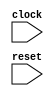
module GCDTester(
    input clock,
    input reset
);
    wire _dut__clock;
    wire _dut__reset;
    wire _dut__io_in_ready;
    wire _dut__io_in_valid;
    wire [31:0] _dut__io_in_bits_a;
    wire [31:0] _dut__io_in_bits_b;
    wire _dut__io_out_ready;
    wire _dut__io_out_valid;
    wire [31:0] _dut__io_out_bits;
    DecoupledGCD dut (
        .clock(_dut__clock),
        .reset(_dut__reset),
        .io_in_ready(_dut__io_in_ready),
        .io_in_valid(_dut__io_in_valid),
        .io_in_bits_a(_dut__io_in_bits_a),
        .io_in_bits_b(_dut__io_in_bits_b),
        .io_out_ready(_dut__io_out_ready),
        .io_out_valid(_dut__io_out_valid),
        .io_out_bits(_dut__io_out_bits)
    );
    wire [3:0] _count__q;
    wire [3:0] _count__d;
    DFF_POSCLK #(.width(4)) count (
        .q(_count__q),
        .d(_count__d),
        .clk(clock)
    );
    wire [3:0] _WTEMP_3;
    MUX_UNSIGNED #(.width(4)) u_mux_23 (
        .y(_count__d),
        .sel(reset),
        .a(4'h9),
        .b(_WTEMP_3)
    );
    wire [6:0] a_0;
    wire [6:0] a_1;
    wire [6:0] a_2;
    wire [6:0] a_3;
    wire [6:0] a_4;
    wire [6:0] a_5;
    wire [6:0] a_6;
    wire [6:0] a_7;
    wire [6:0] a_8;
    wire [6:0] a_9;
    wire [6:0] b_0;
    wire [6:0] b_1;
    wire [6:0] b_2;
    wire [6:0] b_3;
    wire [6:0] b_4;
    wire [6:0] b_5;
    wire [6:0] b_6;
    wire [6:0] b_7;
    wire [6:0] b_8;
    wire [6:0] b_9;
    wire [2:0] z_0;
    wire [2:0] z_1;
    wire [2:0] z_2;
    wire [2:0] z_3;
    wire [2:0] z_4;
    wire [2:0] z_5;
    wire [2:0] z_6;
    wire [2:0] z_7;
    wire [2:0] z_8;
    wire [2:0] z_9;
    wire _en__q;
    wire _en__d;
    DFF_POSCLK #(.width(1)) en (
        .q(_en__q),
        .d(_en__d),
        .clk(clock)
    );
    wire _WTEMP_4;
    MUX_UNSIGNED #(.width(1)) u_mux_24 (
        .y(_en__d),
        .sel(reset),
        .a(1'h1),
        .b(_WTEMP_4)
    );
    wire _node_4;
    EQ_UNSIGNED #(.width(4)) u_eq_25 (
        .y(_node_4),
        .a(4'd0),
        .b(_count__q)
    );
    wire [6:0] _node_5;
    assign _node_5 = a_0;
    wire _node_6;
    EQ_UNSIGNED #(.width(4)) u_eq_26 (
        .y(_node_6),
        .a(4'd1),
        .b(_count__q)
    );
    wire [6:0] _node_7;
    MUX_UNSIGNED #(.width(7)) u_mux_27 (
        .y(_node_7),
        .sel(_node_6),
        .a(a_1),
        .b(_node_5)
    );
    wire _node_8;
    EQ_UNSIGNED #(.width(4)) u_eq_28 (
        .y(_node_8),
        .a(4'd2),
        .b(_count__q)
    );
    wire [6:0] _node_9;
    MUX_UNSIGNED #(.width(7)) u_mux_29 (
        .y(_node_9),
        .sel(_node_8),
        .a(a_2),
        .b(_node_7)
    );
    wire _node_10;
    EQ_UNSIGNED #(.width(4)) u_eq_30 (
        .y(_node_10),
        .a(4'd3),
        .b(_count__q)
    );
    wire [6:0] _node_11;
    MUX_UNSIGNED #(.width(7)) u_mux_31 (
        .y(_node_11),
        .sel(_node_10),
        .a(a_3),
        .b(_node_9)
    );
    wire _node_12;
    EQ_UNSIGNED #(.width(4)) u_eq_32 (
        .y(_node_12),
        .a(4'd4),
        .b(_count__q)
    );
    wire [6:0] _node_13;
    MUX_UNSIGNED #(.width(7)) u_mux_33 (
        .y(_node_13),
        .sel(_node_12),
        .a(a_4),
        .b(_node_11)
    );
    wire _node_14;
    EQ_UNSIGNED #(.width(4)) u_eq_34 (
        .y(_node_14),
        .a(4'd5),
        .b(_count__q)
    );
    wire [6:0] _node_15;
    MUX_UNSIGNED #(.width(7)) u_mux_35 (
        .y(_node_15),
        .sel(_node_14),
        .a(a_5),
        .b(_node_13)
    );
    wire _node_16;
    EQ_UNSIGNED #(.width(4)) u_eq_36 (
        .y(_node_16),
        .a(4'd6),
        .b(_count__q)
    );
    wire [6:0] _node_17;
    MUX_UNSIGNED #(.width(7)) u_mux_37 (
        .y(_node_17),
        .sel(_node_16),
        .a(a_6),
        .b(_node_15)
    );
    wire _node_18;
    EQ_UNSIGNED #(.width(4)) u_eq_38 (
        .y(_node_18),
        .a(4'd7),
        .b(_count__q)
    );
    wire [6:0] _node_19;
    MUX_UNSIGNED #(.width(7)) u_mux_39 (
        .y(_node_19),
        .sel(_node_18),
        .a(a_7),
        .b(_node_17)
    );
    wire _node_20;
    EQ_UNSIGNED #(.width(4)) u_eq_40 (
        .y(_node_20),
        .a(4'd8),
        .b(_count__q)
    );
    wire [6:0] _node_21;
    MUX_UNSIGNED #(.width(7)) u_mux_41 (
        .y(_node_21),
        .sel(_node_20),
        .a(a_8),
        .b(_node_19)
    );
    wire _node_22;
    EQ_UNSIGNED #(.width(4)) u_eq_42 (
        .y(_node_22),
        .a(4'd9),
        .b(_count__q)
    );
    wire [6:0] _node_23;
    MUX_UNSIGNED #(.width(7)) u_mux_43 (
        .y(_node_23),
        .sel(_node_22),
        .a(a_9),
        .b(_node_21)
    );
    wire _node_24;
    EQ_UNSIGNED #(.width(4)) u_eq_44 (
        .y(_node_24),
        .a(4'd0),
        .b(_count__q)
    );
    wire [6:0] _node_25;
    assign _node_25 = b_0;
    wire _node_26;
    EQ_UNSIGNED #(.width(4)) u_eq_45 (
        .y(_node_26),
        .a(4'd1),
        .b(_count__q)
    );
    wire [6:0] _node_27;
    MUX_UNSIGNED #(.width(7)) u_mux_46 (
        .y(_node_27),
        .sel(_node_26),
        .a(b_1),
        .b(_node_25)
    );
    wire _node_28;
    EQ_UNSIGNED #(.width(4)) u_eq_47 (
        .y(_node_28),
        .a(4'd2),
        .b(_count__q)
    );
    wire [6:0] _node_29;
    MUX_UNSIGNED #(.width(7)) u_mux_48 (
        .y(_node_29),
        .sel(_node_28),
        .a(b_2),
        .b(_node_27)
    );
    wire _node_30;
    EQ_UNSIGNED #(.width(4)) u_eq_49 (
        .y(_node_30),
        .a(4'd3),
        .b(_count__q)
    );
    wire [6:0] _node_31;
    MUX_UNSIGNED #(.width(7)) u_mux_50 (
        .y(_node_31),
        .sel(_node_30),
        .a(b_3),
        .b(_node_29)
    );
    wire _node_32;
    EQ_UNSIGNED #(.width(4)) u_eq_51 (
        .y(_node_32),
        .a(4'd4),
        .b(_count__q)
    );
    wire [6:0] _node_33;
    MUX_UNSIGNED #(.width(7)) u_mux_52 (
        .y(_node_33),
        .sel(_node_32),
        .a(b_4),
        .b(_node_31)
    );
    wire _node_34;
    EQ_UNSIGNED #(.width(4)) u_eq_53 (
        .y(_node_34),
        .a(4'd5),
        .b(_count__q)
    );
    wire [6:0] _node_35;
    MUX_UNSIGNED #(.width(7)) u_mux_54 (
        .y(_node_35),
        .sel(_node_34),
        .a(b_5),
        .b(_node_33)
    );
    wire _node_36;
    EQ_UNSIGNED #(.width(4)) u_eq_55 (
        .y(_node_36),
        .a(4'd6),
        .b(_count__q)
    );
    wire [6:0] _node_37;
    MUX_UNSIGNED #(.width(7)) u_mux_56 (
        .y(_node_37),
        .sel(_node_36),
        .a(b_6),
        .b(_node_35)
    );
    wire _node_38;
    EQ_UNSIGNED #(.width(4)) u_eq_57 (
        .y(_node_38),
        .a(4'd7),
        .b(_count__q)
    );
    wire [6:0] _node_39;
    MUX_UNSIGNED #(.width(7)) u_mux_58 (
        .y(_node_39),
        .sel(_node_38),
        .a(b_7),
        .b(_node_37)
    );
    wire _node_40;
    EQ_UNSIGNED #(.width(4)) u_eq_59 (
        .y(_node_40),
        .a(4'd8),
        .b(_count__q)
    );
    wire [6:0] _node_41;
    MUX_UNSIGNED #(.width(7)) u_mux_60 (
        .y(_node_41),
        .sel(_node_40),
        .a(b_8),
        .b(_node_39)
    );
    wire _node_42;
    EQ_UNSIGNED #(.width(4)) u_eq_61 (
        .y(_node_42),
        .a(4'd9),
        .b(_count__q)
    );
    wire [6:0] _node_43;
    MUX_UNSIGNED #(.width(7)) u_mux_62 (
        .y(_node_43),
        .sel(_node_42),
        .a(b_9),
        .b(_node_41)
    );
    wire T_80;
    BITWISEAND #(.width(1)) bitwiseand_63 (
        .y(T_80),
        .a(_en__q),
        .b(_dut__io_in_ready)
    );
    wire T_83;
    EQ_UNSIGNED #(.width(1)) u_eq_64 (
        .y(T_83),
        .a(_en__q),
        .b(1'h0)
    );
    wire T_84;
    BITWISEAND #(.width(1)) bitwiseand_65 (
        .y(T_84),
        .a(_dut__io_out_valid),
        .b(T_83)
    );
    wire _node_44;
    EQ_UNSIGNED #(.width(4)) u_eq_66 (
        .y(_node_44),
        .a(4'd0),
        .b(_count__q)
    );
    wire [2:0] _node_45;
    assign _node_45 = z_0;
    wire _node_46;
    EQ_UNSIGNED #(.width(4)) u_eq_67 (
        .y(_node_46),
        .a(4'd1),
        .b(_count__q)
    );
    wire [2:0] _node_47;
    MUX_UNSIGNED #(.width(3)) u_mux_68 (
        .y(_node_47),
        .sel(_node_46),
        .a(z_1),
        .b(_node_45)
    );
    wire _node_48;
    EQ_UNSIGNED #(.width(4)) u_eq_69 (
        .y(_node_48),
        .a(4'd2),
        .b(_count__q)
    );
    wire [2:0] _node_49;
    MUX_UNSIGNED #(.width(3)) u_mux_70 (
        .y(_node_49),
        .sel(_node_48),
        .a(z_2),
        .b(_node_47)
    );
    wire _node_50;
    EQ_UNSIGNED #(.width(4)) u_eq_71 (
        .y(_node_50),
        .a(4'd3),
        .b(_count__q)
    );
    wire [2:0] _node_51;
    MUX_UNSIGNED #(.width(3)) u_mux_72 (
        .y(_node_51),
        .sel(_node_50),
        .a(z_3),
        .b(_node_49)
    );
    wire _node_52;
    EQ_UNSIGNED #(.width(4)) u_eq_73 (
        .y(_node_52),
        .a(4'd4),
        .b(_count__q)
    );
    wire [2:0] _node_53;
    MUX_UNSIGNED #(.width(3)) u_mux_74 (
        .y(_node_53),
        .sel(_node_52),
        .a(z_4),
        .b(_node_51)
    );
    wire _node_54;
    EQ_UNSIGNED #(.width(4)) u_eq_75 (
        .y(_node_54),
        .a(4'd5),
        .b(_count__q)
    );
    wire [2:0] _node_55;
    MUX_UNSIGNED #(.width(3)) u_mux_76 (
        .y(_node_55),
        .sel(_node_54),
        .a(z_5),
        .b(_node_53)
    );
    wire _node_56;
    EQ_UNSIGNED #(.width(4)) u_eq_77 (
        .y(_node_56),
        .a(4'd6),
        .b(_count__q)
    );
    wire [2:0] _node_57;
    MUX_UNSIGNED #(.width(3)) u_mux_78 (
        .y(_node_57),
        .sel(_node_56),
        .a(z_6),
        .b(_node_55)
    );
    wire _node_58;
    EQ_UNSIGNED #(.width(4)) u_eq_79 (
        .y(_node_58),
        .a(4'd7),
        .b(_count__q)
    );
    wire [2:0] _node_59;
    MUX_UNSIGNED #(.width(3)) u_mux_80 (
        .y(_node_59),
        .sel(_node_58),
        .a(z_7),
        .b(_node_57)
    );
    wire _node_60;
    EQ_UNSIGNED #(.width(4)) u_eq_81 (
        .y(_node_60),
        .a(4'd8),
        .b(_count__q)
    );
    wire [2:0] _node_61;
    MUX_UNSIGNED #(.width(3)) u_mux_82 (
        .y(_node_61),
        .sel(_node_60),
        .a(z_8),
        .b(_node_59)
    );
    wire _node_62;
    EQ_UNSIGNED #(.width(4)) u_eq_83 (
        .y(_node_62),
        .a(4'd9),
        .b(_count__q)
    );
    wire [2:0] _node_63;
    MUX_UNSIGNED #(.width(3)) u_mux_84 (
        .y(_node_63),
        .sel(_node_62),
        .a(z_9),
        .b(_node_61)
    );
    wire T_87;
    wire [31:0] _WTEMP_5;
    PAD_UNSIGNED #(.width(3), .n(32)) u_pad_85 (
        .y(_WTEMP_5),
        .in(_node_63)
    );
    EQ_UNSIGNED #(.width(32)) u_eq_86 (
        .y(T_87),
        .a(_dut__io_out_bits),
        .b(_WTEMP_5)
    );
    wire T_89;
    EQ_UNSIGNED #(.width(1)) u_eq_87 (
        .y(T_89),
        .a(reset),
        .b(1'h0)
    );
    wire T_91;
    EQ_UNSIGNED #(.width(1)) u_eq_88 (
        .y(T_91),
        .a(T_87),
        .b(1'h0)
    );
    wire T_93;
    EQ_UNSIGNED #(.width(1)) u_eq_89 (
        .y(T_93),
        .a(reset),
        .b(1'h0)
    );
    wire T_95;
    wire [3:0] _WTEMP_6;
    PAD_UNSIGNED #(.width(1), .n(4)) u_pad_90 (
        .y(_WTEMP_6),
        .in(1'h0)
    );
    EQ_UNSIGNED #(.width(4)) u_eq_91 (
        .y(T_95),
        .a(_count__q),
        .b(_WTEMP_6)
    );
    wire T_97;
    EQ_UNSIGNED #(.width(1)) u_eq_92 (
        .y(T_97),
        .a(reset),
        .b(1'h0)
    );
    wire T_99;
    EQ_UNSIGNED #(.width(1)) u_eq_93 (
        .y(T_99),
        .a(T_95),
        .b(1'h0)
    );
    wire [4:0] T_102;
    wire [3:0] _WTEMP_7;
    PAD_UNSIGNED #(.width(1), .n(4)) u_pad_94 (
        .y(_WTEMP_7),
        .in(1'h1)
    );
    SUB_UNSIGNED #(.width(4)) u_sub_95 (
        .y(T_102),
        .a(_count__q),
        .b(_WTEMP_7)
    );
    wire [3:0] T_103;
    TAIL #(.width(5), .n(1)) tail_96 (
        .y(T_103),
        .in(T_102)
    );
    wire _node_64;
    MUX_UNSIGNED #(.width(1)) u_mux_97 (
        .y(_node_64),
        .sel(T_80),
        .a(1'h0),
        .b(_en__q)
    );
    wire [3:0] _node_65;
    MUX_UNSIGNED #(.width(4)) u_mux_98 (
        .y(_node_65),
        .sel(T_99),
        .a(T_103),
        .b(_count__q)
    );
    wire _node_66;
    MUX_UNSIGNED #(.width(1)) u_mux_99 (
        .y(_node_66),
        .sel(T_99),
        .a(1'h1),
        .b(_node_64)
    );
    wire _node_67;
    MUX_UNSIGNED #(.width(1)) u_mux_100 (
        .y(_node_67),
        .sel(T_80),
        .a(1'h0),
        .b(_en__q)
    );
    PAD_UNSIGNED #(.width(6), .n(7)) u_pad_101 (
        .y(a_0),
        .in(6'h2E)
    );
    assign a_1 = 7'h5F;
    PAD_UNSIGNED #(.width(5), .n(7)) u_pad_102 (
        .y(a_2),
        .in(5'h1A)
    );
    PAD_UNSIGNED #(.width(6), .n(7)) u_pad_103 (
        .y(a_3),
        .in(6'h3D)
    );
    PAD_UNSIGNED #(.width(5), .n(7)) u_pad_104 (
        .y(a_4),
        .in(5'h12)
    );
    PAD_UNSIGNED #(.width(6), .n(7)) u_pad_105 (
        .y(a_5),
        .in(6'h33)
    );
    PAD_UNSIGNED #(.width(6), .n(7)) u_pad_106 (
        .y(a_6),
        .in(6'h2D)
    );
    assign a_7 = 7'h42;
    assign a_8 = 7'h47;
    assign a_9 = 7'h47;
    PAD_UNSIGNED #(.width(6), .n(7)) u_pad_107 (
        .y(b_0),
        .in(6'h27)
    );
    PAD_UNSIGNED #(.width(6), .n(7)) u_pad_108 (
        .y(b_1),
        .in(6'h2C)
    );
    PAD_UNSIGNED #(.width(6), .n(7)) u_pad_109 (
        .y(b_2),
        .in(6'h25)
    );
    assign b_3 = 7'h60;
    PAD_UNSIGNED #(.width(6), .n(7)) u_pad_110 (
        .y(b_4),
        .in(6'h30)
    );
    PAD_UNSIGNED #(.width(6), .n(7)) u_pad_111 (
        .y(b_5),
        .in(6'h27)
    );
    assign b_6 = 7'h55;
    assign b_7 = 7'h54;
    PAD_UNSIGNED #(.width(4), .n(7)) u_pad_112 (
        .y(b_8),
        .in(4'h8)
    );
    assign b_9 = 7'h50;
    MUX_UNSIGNED #(.width(4)) u_mux_113 (
        .y(_WTEMP_3),
        .sel(T_84),
        .a(_node_65),
        .b(_count__q)
    );
    assign _dut__clock = clock;
    PAD_UNSIGNED #(.width(7), .n(32)) u_pad_114 (
        .y(_dut__io_in_bits_a),
        .in(_node_23)
    );
    PAD_UNSIGNED #(.width(7), .n(32)) u_pad_115 (
        .y(_dut__io_in_bits_b),
        .in(_node_43)
    );
    assign _dut__io_in_valid = _en__q;
    MUX_UNSIGNED #(.width(1)) u_mux_116 (
        .y(_dut__io_out_ready),
        .sel(T_84),
        .a(1'h1),
        .b(1'h0)
    );
    assign _dut__reset = reset;
    MUX_UNSIGNED #(.width(1)) u_mux_117 (
        .y(_WTEMP_4),
        .sel(T_84),
        .a(_node_66),
        .b(_node_67)
    );
    PAD_UNSIGNED #(.width(1), .n(3)) u_pad_118 (
        .y(z_0),
        .in(1'h1)
    );
    PAD_UNSIGNED #(.width(1), .n(3)) u_pad_119 (
        .y(z_1),
        .in(1'h1)
    );
    PAD_UNSIGNED #(.width(1), .n(3)) u_pad_120 (
        .y(z_2),
        .in(1'h1)
    );
    PAD_UNSIGNED #(.width(1), .n(3)) u_pad_121 (
        .y(z_3),
        .in(1'h1)
    );
    assign z_4 = 3'h6;
    PAD_UNSIGNED #(.width(2), .n(3)) u_pad_122 (
        .y(z_5),
        .in(2'h3)
    );
    assign z_6 = 3'h5;
    assign z_7 = 3'h6;
    PAD_UNSIGNED #(.width(1), .n(3)) u_pad_123 (
        .y(z_8),
        .in(1'h1)
    );
    PAD_UNSIGNED #(.width(1), .n(3)) u_pad_124 (
        .y(z_9),
        .in(1'h1)
    );
endmodule //GCDTester
module DecoupledGCD(
    input clock,
    input reset,
    output io_in_ready,
    input io_in_valid,
    input [31:0] io_in_bits_a,
    input [31:0] io_in_bits_b,
    input io_out_ready,
    output io_out_valid,
    output [31:0] io_out_bits
);
    wire _busy__q;
    wire _busy__d;
    DFF_POSCLK #(.width(1)) busy (
        .q(_busy__q),
        .d(_busy__d),
        .clk(clock)
    );
    wire _WTEMP_0;
    MUX_UNSIGNED #(.width(1)) u_mux_1 (
        .y(_busy__d),
        .sel(reset),
        .a(1'h0),
        .b(_WTEMP_0)
    );
    wire _done__q;
    wire _done__d;
    DFF_POSCLK #(.width(1)) done (
        .q(_done__q),
        .d(_done__d),
        .clk(clock)
    );
    wire _WTEMP_1;
    MUX_UNSIGNED #(.width(1)) u_mux_2 (
        .y(_done__d),
        .sel(reset),
        .a(1'h0),
        .b(_WTEMP_1)
    );
    wire [31:0] _x__q;
    wire [31:0] _x__d;
    DFF_POSCLK #(.width(32)) x (
        .q(_x__q),
        .d(_x__d),
        .clk(clock)
    );
    wire [31:0] _y__q;
    wire [31:0] _y__d;
    DFF_POSCLK #(.width(32)) y (
        .q(_y__q),
        .d(_y__d),
        .clk(clock)
    );
    wire T_40;
    EQ_UNSIGNED #(.width(1)) u_eq_3 (
        .y(T_40),
        .a(_busy__q),
        .b(1'h0)
    );
    wire T_42;
    wire [31:0] _WTEMP_2;
    PAD_UNSIGNED #(.width(1), .n(32)) u_pad_4 (
        .y(_WTEMP_2),
        .in(1'h0)
    );
    EQ_UNSIGNED #(.width(32)) u_eq_5 (
        .y(T_42),
        .a(_y__q),
        .b(_WTEMP_2)
    );
    wire T_43;
    BITWISEAND #(.width(1)) bitwiseand_6 (
        .y(T_43),
        .a(_busy__q),
        .b(T_42)
    );
    wire T_45;
    BITWISEAND #(.width(1)) bitwiseand_7 (
        .y(T_45),
        .a(_done__q),
        .b(io_out_ready)
    );
    wire start;
    BITWISEAND #(.width(1)) bitwiseand_8 (
        .y(start),
        .a(io_in_valid),
        .b(io_in_ready)
    );
    wire _node_0;
    MUX_UNSIGNED #(.width(1)) u_mux_9 (
        .y(_node_0),
        .sel(T_45),
        .a(1'h0),
        .b(_busy__q)
    );
    wire _node_1;
    MUX_UNSIGNED #(.width(1)) u_mux_10 (
        .y(_node_1),
        .sel(T_43),
        .a(1'h1),
        .b(_done__q)
    );
    wire T_50;
    GT_UNSIGNED #(.width(32)) u_gt_11 (
        .y(T_50),
        .a(_x__q),
        .b(_y__q)
    );
    wire [32:0] T_51;
    SUB_UNSIGNED #(.width(32)) u_sub_12 (
        .y(T_51),
        .a(_x__q),
        .b(_y__q)
    );
    wire [31:0] T_52;
    TAIL #(.width(33), .n(1)) tail_13 (
        .y(T_52),
        .in(T_51)
    );
    wire T_54;
    EQ_UNSIGNED #(.width(1)) u_eq_14 (
        .y(T_54),
        .a(T_50),
        .b(1'h0)
    );
    wire [32:0] T_55;
    SUB_UNSIGNED #(.width(32)) u_sub_15 (
        .y(T_55),
        .a(_y__q),
        .b(_x__q)
    );
    wire [31:0] T_56;
    TAIL #(.width(33), .n(1)) tail_16 (
        .y(T_56),
        .in(T_55)
    );
    wire [31:0] _node_2;
    MUX_UNSIGNED #(.width(32)) u_mux_17 (
        .y(_node_2),
        .sel(T_50),
        .a(T_52),
        .b(_x__q)
    );
    wire [31:0] _node_3;
    MUX_UNSIGNED #(.width(32)) u_mux_18 (
        .y(_node_3),
        .sel(T_54),
        .a(T_56),
        .b(_y__q)
    );
    MUX_UNSIGNED #(.width(1)) u_mux_19 (
        .y(_WTEMP_0),
        .sel(start),
        .a(1'h1),
        .b(_node_0)
    );
    MUX_UNSIGNED #(.width(1)) u_mux_20 (
        .y(_WTEMP_1),
        .sel(start),
        .a(1'h0),
        .b(_node_1)
    );
    assign io_in_ready = T_40;
    assign io_out_bits = _x__q;
    assign io_out_valid = _done__q;
    MUX_UNSIGNED #(.width(32)) u_mux_21 (
        .y(_x__d),
        .sel(start),
        .a(io_in_bits_a),
        .b(_node_2)
    );
    MUX_UNSIGNED #(.width(32)) u_mux_22 (
        .y(_y__d),
        .sel(start),
        .a(io_in_bits_b),
        .b(_node_3)
    );
endmodule //DecoupledGCD
module DFF_POSCLK(q, d, clk);
    parameter width = 4;
    output reg [width-1:0] q;
    input [width-1:0] d;
    input clk;
    always @(posedge clk) begin
        q <= d;
    end
endmodule // DFF_POSCLK
module MUX_UNSIGNED(y, sel, a, b);
    parameter width = 4;
    output [width-1:0] y;
    input sel;
    input [width-1:0] a;
    input [width-1:0] b;
    assign y = sel ? a : b;
endmodule // MUX_UNSIGNED
module EQ_UNSIGNED(y, a, b);
    parameter width = 4;
    output y;
    input [width-1:0] a;
    input [width-1:0] b;
    assign y = a == b;
endmodule // EQ_UNSIGNED
module PAD_UNSIGNED(y, in);
    parameter width = 4;
    parameter n = 4;
    output [(n > width ? n : width)-1:0] y;
    input [width-1:0] in;
    assign y = (n > width) ? {{(n - width){1'b0}}, in} : in;
endmodule // PAD_UNSIGNED
module BITWISEAND(y, a, b);
    parameter width = 4;
    output [width-1:0] y;
    input [width-1:0] a;
    input [width-1:0] b;
    assign y = a & b;
endmodule // BITWISEAND
module GT_UNSIGNED(y, a, b);
    parameter width = 4;
    output y;
    input [width-1:0] a;
    input [width-1:0] b;
    assign y = a > b;
endmodule // GT_UNSIGNED
module SUB_UNSIGNED(y, a, b);
    parameter width = 4;
    output [width:0] y;
    input [width-1:0] a;
    input [width-1:0] b;
    assign y = a - b;
endmodule // SUB_UNSIGNED
module TAIL(y, in);
    parameter width = 4;
    parameter n = 2;
    output [width-n-1:0] y;
    input [width-1:0] in;
    assign y = in[width-n-1:0];
endmodule // TAIL